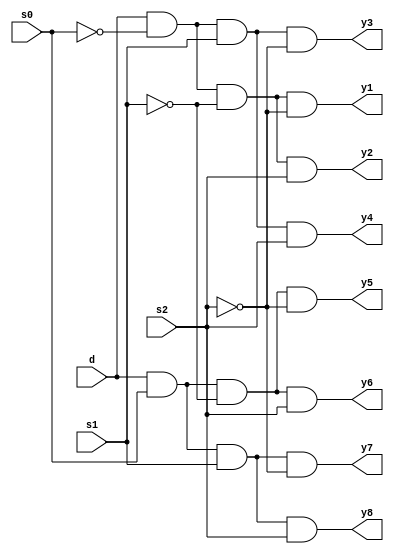
module demux1_8(
  input d,s0,s1,s2,
  output y1,y2,y3,y4,y5,y6,y7,y8);
  wire
  x,y,z;
  not (x,s0),(y,s1),(z,s2);
  and a1(y1,d,x,y,z);
  and a2(y2,d,x,y,s2);
  and a3(y3,d,x,s1,z);
  and a4(y4,d,x,s1,s2);
  and a5(y5,d,s0,y,z);
  and a6(y6,d,s0,y,s2);
  and a7(y7,d,s0,s1,z);
  and a8(y8,d,s0,s1,s2);
endmodule